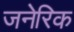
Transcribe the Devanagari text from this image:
जनेरिक